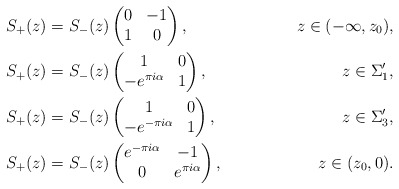
\begin{align*}&S_+(z)=S_-(z)\begin{pmatrix}0&-1\\1&0\end{pmatrix}, &z\in (-\infty,z_0),\\&S_+(z)=S_-(z)\begin{pmatrix}1&0\\-e^{\pi i\alpha}&1\end{pmatrix}, &z\in \Sigma'_1,\\&S_+(z)=S_-(z)\begin{pmatrix}1&0\\-e^{-\pi i\alpha}&1\end{pmatrix}, &z\in \Sigma'_3,\\&S_+(z)=S_-(z)\begin{pmatrix}e^{-\pi i\alpha}&-1\\0&e^{\pi i\alpha}\end{pmatrix}, &z\in (z_0,0).\end{align*}